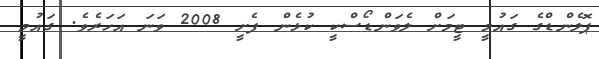
ޕޮލެންޑްގެ ގައުމީ ޓީމަށް ލެވަންޑޯސްކީ ކުޅެން ފެށީ 2008 ވަނަ އަހަރެވެ. ގައުމީ